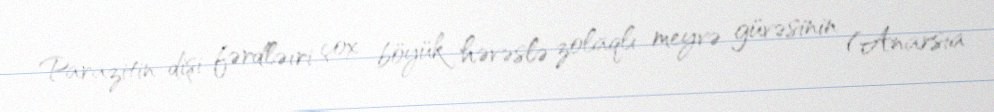
Parazitin dişi fərdləıri çox böyük həvəslə zolaqlı meyvə güvəsinin (Anarsia